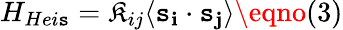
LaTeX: H_{Hei\mathtt{s}}=\mathfrak{K}_{ij}\langle\mathbf{{\mathtt{s}_{i}}}\cdot\mathbf{{\mathtt{s}_{j}}}\rangle\eqno(3)